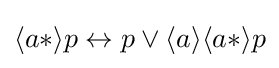
\langle a*\rangle p\leftrightarrow p\lor \langle a\rangle \langle a*\rangle p\,\!